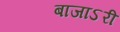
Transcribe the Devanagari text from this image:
बाजाऽरी